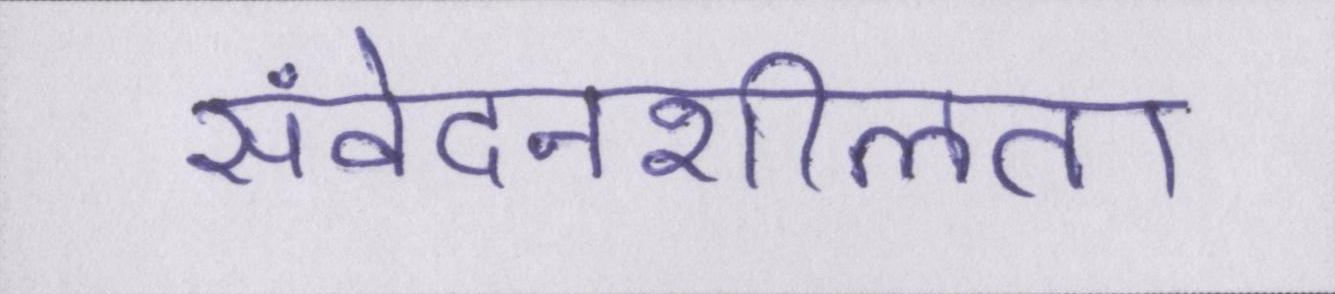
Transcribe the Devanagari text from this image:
संवेदनशीलता